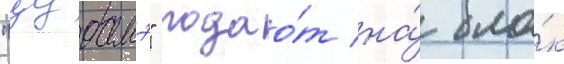
"цубамэ" подао́т на́ бло́к